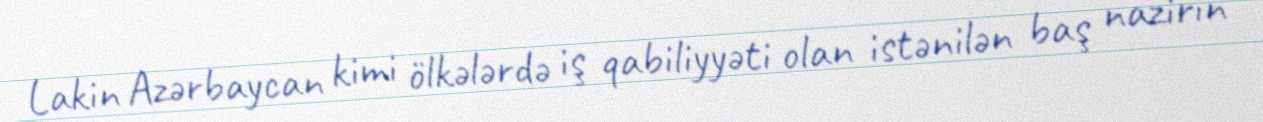
Lakin Azərbaycan kimi ölkələrdə iş qabiliyyəti olan istənilən baş nazirin